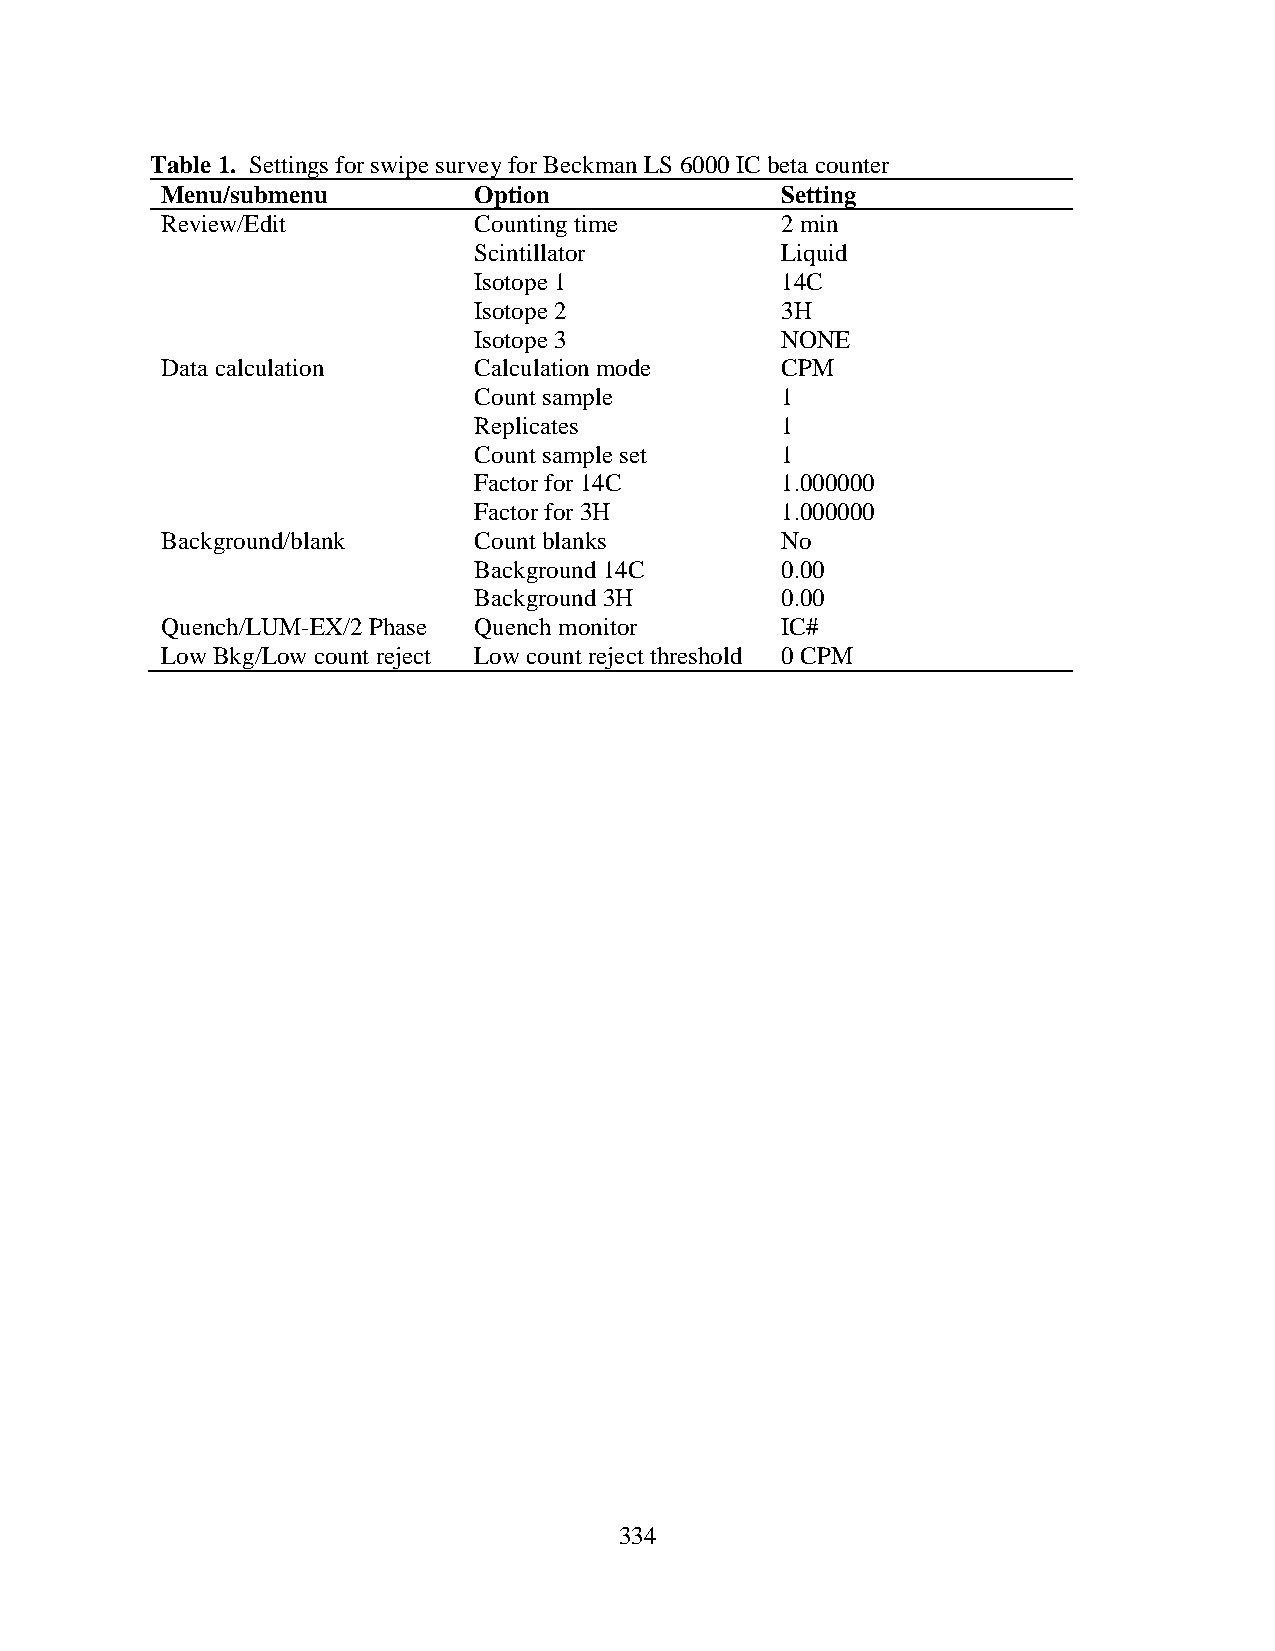
Table 1. Settings for swipe survey for Beckman LS 6000 IC beta counter
 Menu/submenu        Option               Setting
 Review/Edit         Counting time        2 min
 Scintillator         Liquid
 Isotope 1            14C
 Isotope 2            3H
 Isotope 3            NONE
 Data calculation    Calculation mode     CPM
 Count sample         1
 Replicates           1
 Count sample set     1
 Factor for 14C       1.000000
 Factor for 3H        1.000000
 Background/blank    Count blanks         No
 Background 14C       0.00
 Background 3H        0.00
 Quench/LUM-EX/2 Phase Quench monitor     IC#
 Low Bkg/Low count reject Low count reject threshold 0 CPM
 334